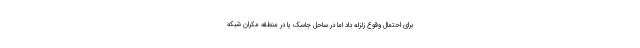
برای احتمال وقوع زلزله داد اما در ساحل جاسک یا در منطقه مکران شبکه